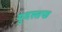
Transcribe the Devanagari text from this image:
युदस्तफ